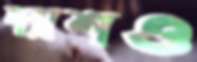
দ্যাশও